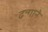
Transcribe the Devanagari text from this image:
ढन्गाने